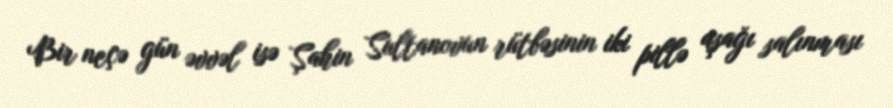
Bir neçə gün əvvəl isə Şahin Sultanovun rütbəsinin iki pillə aşağı salınması